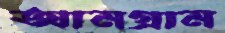
আমগ্রাম